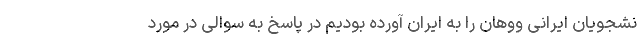
نشجویان ایرانی ووهان را به ایران آورده بودیم در پاسخ به سوالی در مورد